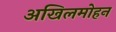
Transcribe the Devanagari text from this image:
अखिलमोहन